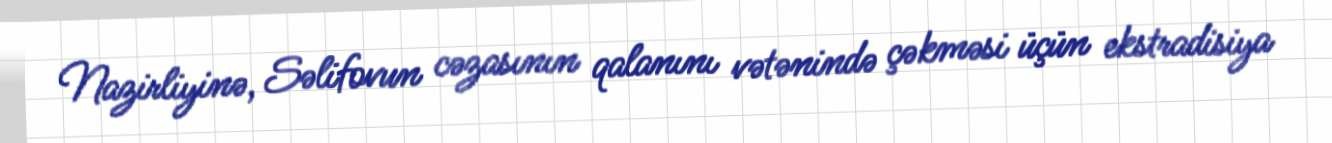
Nazirliyinə, Səlifovun cəzasının qalanını vətənində çəkməsi üçün ekstradisiya